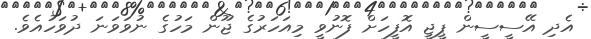
އެދި އޭސީސީން ޕީޖީ އޮފީހަށް ފޮނުވީ މިއަހަރުގެ ޖޫން މަހުގެ ނުވަވަނަ ދުވަހުއެވެ.